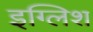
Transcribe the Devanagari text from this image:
इग्लिश